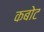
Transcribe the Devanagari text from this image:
कबोट